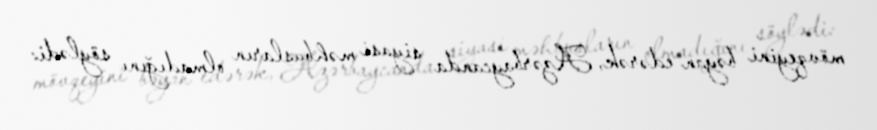
mövqeyini bəyan edərək, Azərbaycanda siyasi məhbusların olmadığını söylədi: